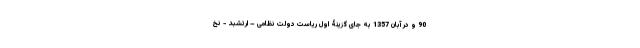
90 و در آبان 1357 به جای گزینۀ اول ریاست دولت نظامی – ارتشبد - نخ